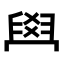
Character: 𦥯